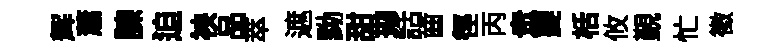
辉蕭諫迫䘧品萃遮黝甜拋話齒徑丙衆夔栝攸覲忙徴